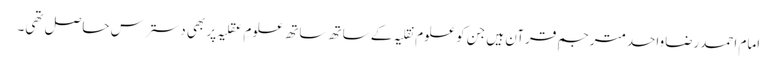
امام احمدرضاواحدمترجمِ قرآن ہیں جن کو علومِ نقلیہ کے ساتھ ساتھ علومِ عقلیہ پر بھی دسترس حاصل تھی۔